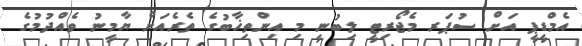
އެމްޑީޕީ އަށް ސުޕަރ މެޖޯރިޓީ ލިބުނީ މި އިންތިޚާބުގެ ތެރެއަށް ޔާމީނު ވެއްދުމުގެ